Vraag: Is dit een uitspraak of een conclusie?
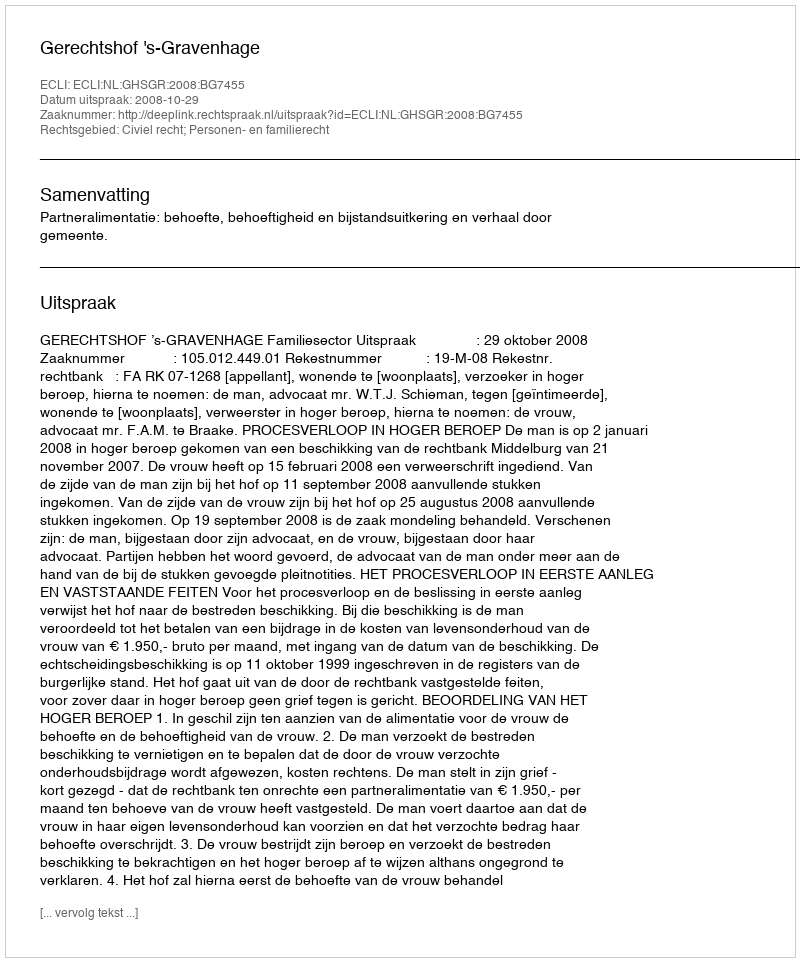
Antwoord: Uitspraak